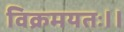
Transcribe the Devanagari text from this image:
विक्रमयतः।।